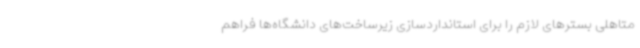
متاهلی بسترهای لازم را برای استانداردسازی زیرساخت‌های دانشگاه‌ها فراهم